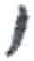
אות: י